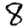
Digit: 8